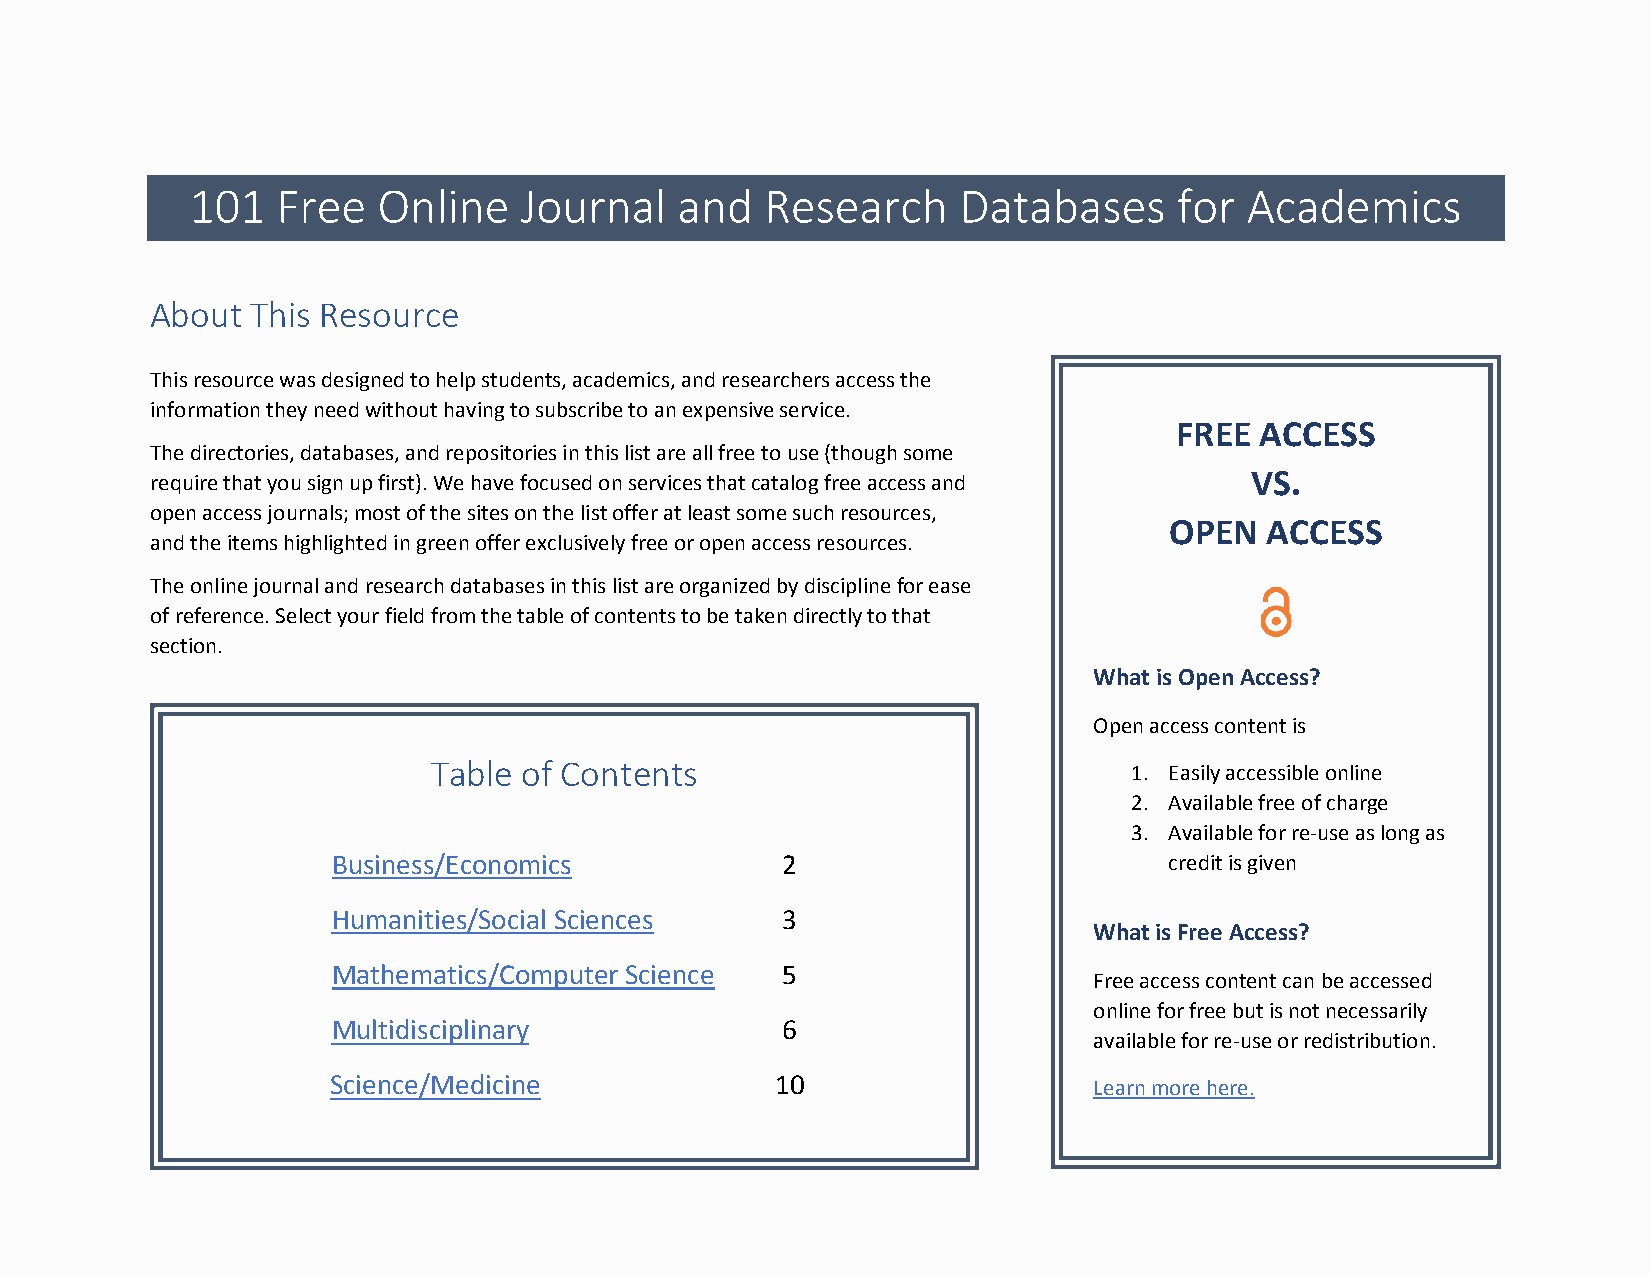
101  Free   Online   Journal    and   Research    Databases      for Academics
 About  This Resource
 This resource was designed to help students, academics, and researchers access the
 information they need without having to subscribe to an expensive service.
 FREE ACCESS
 The directories, databases, and repositories in this list are all free to use (though some
 require that you sign up first). We have focused on services that catalog free access and VS.
 open access journals; most of the sites on the list offer at least some such resources,
 OPEN   ACCESS
 and the items highlighted in green offer exclusively free or open access resources.
 The online journal and research databases in this list are organized by discipline for ease
 of reference. Select your field from the table of contents to be taken directly to that
 section.
 What is Open Access?
 Open access content is
 Table of Contents                             1. Easily accessible online
 2. Available free of charge
 3. Available for re-use as long as
 Business/Economics            2                        credit is given
 Humanities/Social Sciences    3
 What is Free Access?
 Mathematics/Computer Science  5
 Free access content can be accessed
 online for free but is not necessarily
 Multidisciplinary             6
 available for re-use or redistribution.
 Science/Medicine             10                   Learn more here.